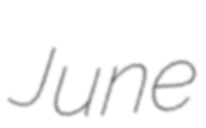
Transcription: June